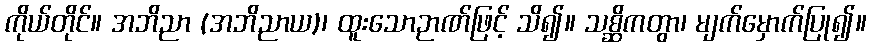
ကိုယ်တိုင်။ အဘိညာ (အဘိညာယ)၊ ထူးသောဉာဏ်ဖြင့် သိ၍။ သစ္ဆိကတွာ၊ မျက်မှောက်ပြု၍။